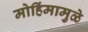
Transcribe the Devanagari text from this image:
मोहिंमामुळे